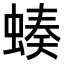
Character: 𧎝